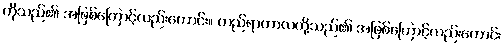
တိုသည်၏ အဖြစ်ကြောင့်လည်းကောင်း။ တည်ရာကာလတို့သည်၏ အဖြစ်ကြောင့်လည်းကောင်း